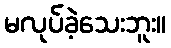
မလုပ်ခဲ့သေးဘူး။